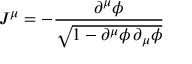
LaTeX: J ^ { \mu } = - \frac { \partial ^ { \mu } \phi } { \sqrt { 1 - \partial ^ { \mu } \phi \, \partial _ { \mu } \phi } }